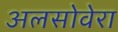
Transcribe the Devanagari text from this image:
अलसोवेरा